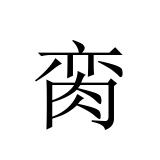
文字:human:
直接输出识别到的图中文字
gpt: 脔